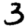
Digit: 3